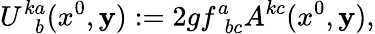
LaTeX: U_{~~~b}^{ka}(x^{0},{\mathbf y}):=2gf_{~~bc}^{a}A^{kc}(x^{0},{\mathbf y}),